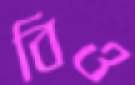
বিও